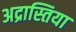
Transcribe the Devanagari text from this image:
अद्रास्तिया